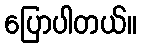
ပြောပါတယ်။